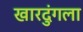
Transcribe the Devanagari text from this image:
खारदुंगला